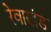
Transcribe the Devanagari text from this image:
रेवाखंड